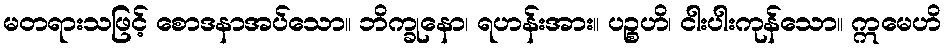
မတရားသဖြင့် စောဒနာအပ်သော။ ဘိက္ခုနော၊ ရဟန်းအား။ ပဉ္စဟိ၊ ငါးပါးကုန်သော။ ဣမေဟိ